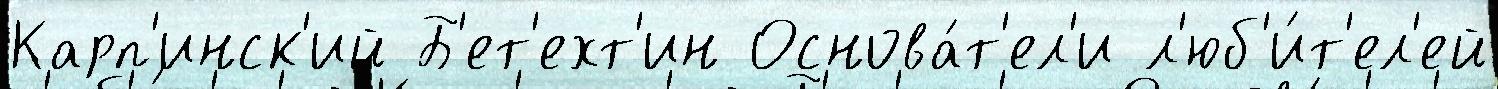
Карп'инск'ий Б'ет'ехт'ин Основа́т'ел'и л'юб'и́т'ел'ей